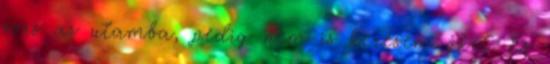
sors az utamba, pedig nem is keresem őket. Ez